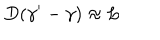
D ( \gamma ^ { \prime } - \gamma ) \approx L